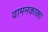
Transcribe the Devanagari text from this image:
वामनकाका